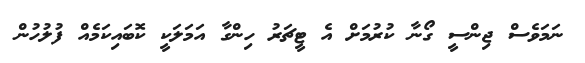
ނަމަވެސް ޖިންސީ ގޯނާ ކުރުމަށް އެ ޓީޗަރު ހިންގާ އަމަލަކީ ކޮބައިކަމެއް ފުލުހުން